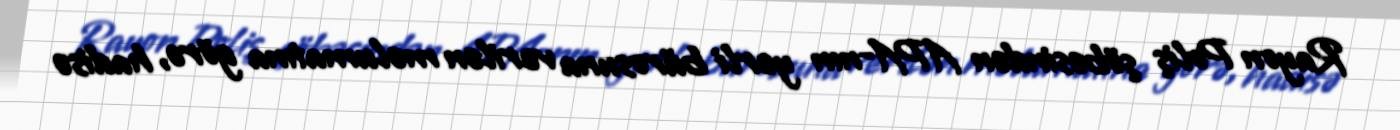
Rayon Poliş şöbəsindən APA-nın yerli bürosuna verilən məlumatına görə, hadisə